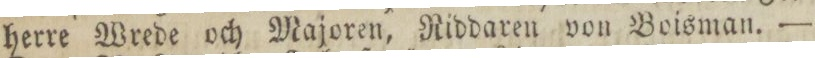
herre Wrede och Majoren, Riddaren von Boisman. —